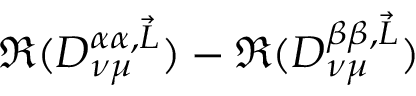
\Re ( D _ { \nu \mu } ^ { \alpha \alpha , \vec { L } } ) - \Re ( D _ { \nu \mu } ^ { \beta \beta , \vec { L } } )